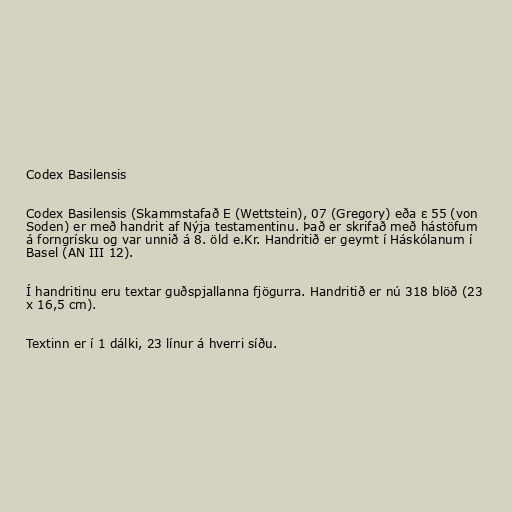
Codex Basilensis

Codex Basilensis (Skammstafað E (Wettstein), 07 (Gregory) eða ε 55 (von
Soden) er með handrit af Nýja testamentinu. Það er skrifað með hástöfum
á forngrísku og var unnið á 8. öld e.Kr. Handritið er geymt í Háskólanum í
Basel (AN III 12).

Í handritinu eru textar guðspjallanna fjögurra. Handritið er nú 318 blöð (23
x 16,5 cm).

Textinn er í 1 dálki, 23 línur á hverri síðu.